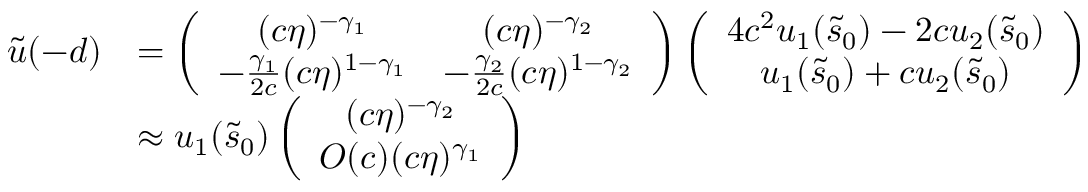
\begin{array} { r l } { \tilde { u } ( - d ) } & { = \left( \begin{array} { c c } { ( c \eta ) ^ { - \gamma _ { 1 } } } & { ( c \eta ) ^ { - \gamma _ { 2 } } } \\ { - \frac { \gamma _ { 1 } } { 2 c } ( c \eta ) ^ { 1 - \gamma _ { 1 } } } & { - \frac { \gamma _ { 2 } } { 2 c } ( c \eta ) ^ { 1 - \gamma _ { 2 } } } \end{array} \right) \left( \begin{array} { c c } { 4 c ^ { 2 } u _ { 1 } ( \tilde { s } _ { 0 } ) - 2 c u _ { 2 } ( \tilde { s } _ { 0 } ) } \\ { u _ { 1 } ( \tilde { s } _ { 0 } ) + c u _ { 2 } ( \tilde { s } _ { 0 } ) } \end{array} \right) } \\ & { \approx u _ { 1 } ( \tilde { s } _ { 0 } ) \left( \begin{array} { c c } { ( c \eta ) ^ { - \gamma _ { 2 } } } \\ { O ( c ) ( c \eta ) ^ { \gamma _ { 1 } } } \end{array} \right) } \end{array}